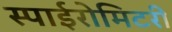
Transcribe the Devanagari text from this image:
स्पाईरोमिटरी